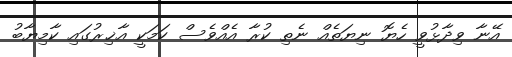
އޭނާ ވިދާޅުވީ ހެޔޮ ނިޔަތެއް ނެތި ކުރާ އެއްވެސް ކަމަކީ އާޚިރުގައި ކާމިޔާބު